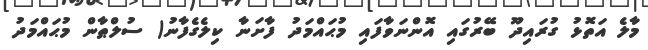
މާލެ އަތޮޅު ގުރައިދޫ ބޭރުގައި އޮންނަވާފައި މުޙައްމަދު ފާށަނާ ކިލެގެފާނު( ސުލްޠާން މުޙައްމަދު